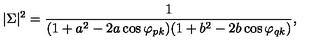
| \Sigma | ^ { 2 } = { \frac { 1 } { ( 1 + a ^ { 2 } - 2 a \cos \varphi _ { p k } ) ( 1 + b ^ { 2 } - 2 b \cos \varphi _ { q k } ) } } ,